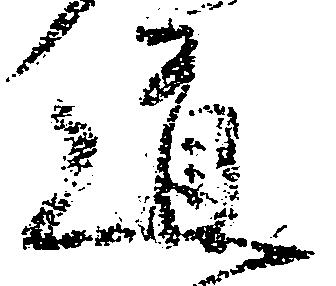
道